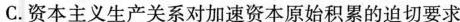
C.资本主义生产关系对加速资本原始积累的迫切要求